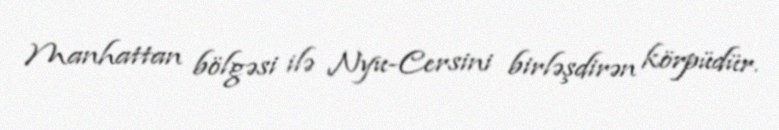
Manhattan bölgəsi ilə Nyu-Cersini birləşdirən körpüdür.